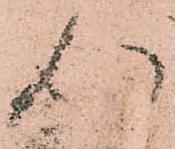
行